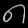
Digit: ၈